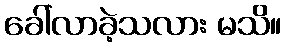
ခေါ်လာခဲ့သလား မသိ။